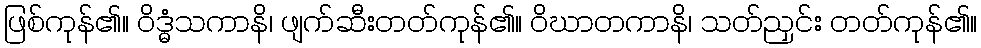
ဖြစ်ကုန်၏။ ဝိဒ္ဓံသကာနိ၊ ဖျက်ဆီးတတ်ကုန်၏။ ဝိဃာတကာနိ၊ သတ်ညှင်း တတ်ကုန်၏။